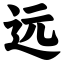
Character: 远